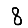
Digit: 8